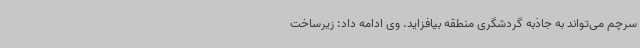
سرچم می‌تواند به جاذبه گردشگری منطقه بیافزاید. وی ادامه داد: زیرساخت